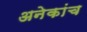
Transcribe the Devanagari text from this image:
अनेकांच